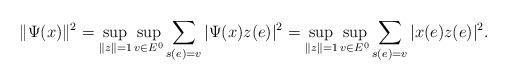
LaTeX: \begin{align*}\|\Psi(x)\|^2 = \sup_{\|z\|=1} \sup_{v \in E^0} \sum_{s(e) = v} |\Psi(x)z(e)|^2 = \sup_{\|z\|=1} \sup_{v \in E^0} \sum_{s(e) = v} |x(e)z(e)|^2.\end{align*}